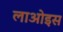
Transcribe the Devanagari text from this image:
लाओइस